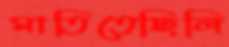
মাতিতেছিলি